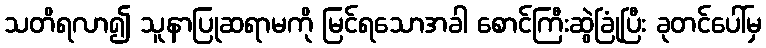
သတိရလာ၍ သူနာပြုဆရာမကို မြင်ရသောအခါ စောင်ကြီးဆွဲခြုံပြီး ခုတင်ပေါ်မှ